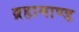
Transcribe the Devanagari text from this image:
ब्रहामाण्ड